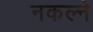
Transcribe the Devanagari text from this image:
नकल्ने